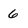
Character: 6